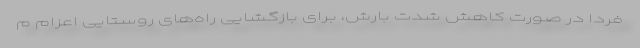
فردا در صورت کاهش شدت بارش، برای بازگشایی راه‌های روستایی اعزام م